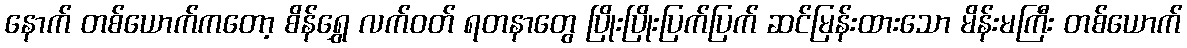
နောက် တစ်ယောက်ကတော့ စိန်ရွှေ လက်ဝတ် ရတနာတွေ ပြိုးပြိုးပြက်ပြက် ဆင်မြန်းထားသော မိန်းမကြီး တစ်ယောက်